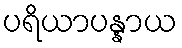
ပရိယာပန္နာယ